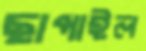
ছাপাইল